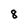
Character: 8